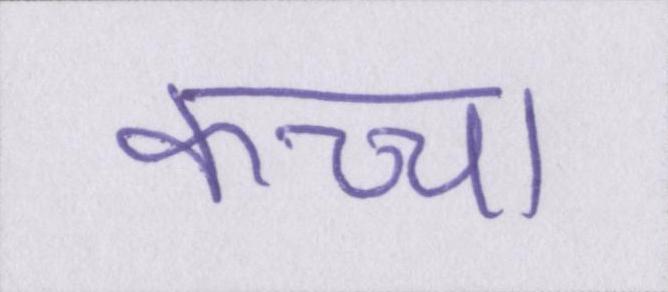
कच्चा